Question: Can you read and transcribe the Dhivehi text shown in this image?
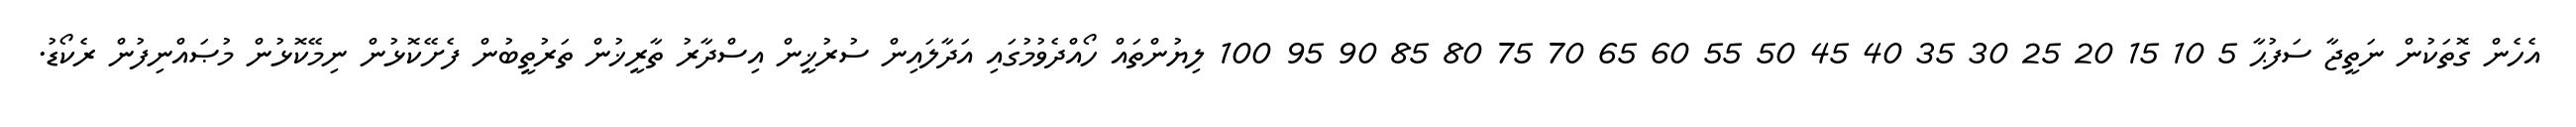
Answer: އެހެން ގޮތަކުން ނަތީޖާ ސަފުޙާ 5 10 15 20 25 30 35 40 45 50 55 60 65 70 75 80 85 90 95 100 ލިޔުންތައް ހޯއްދެވުމުގައި އަދާލައިން ސުރުޚީން އިސްދާރު ތާރީޚުން ތަރުތީބުން ފެށޭކޮޅުން ނިމޭކޮޅުން މުޞައްނިފުން ރެކޯޑު.